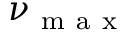
\nu _ { \mathrm { ~ m ~ a ~ x ~ } }